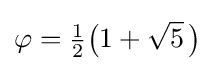
\varphi ={\tfrac {1}{2}}{\bigl (}1+{\sqrt {5}}~\!{\bigr )}